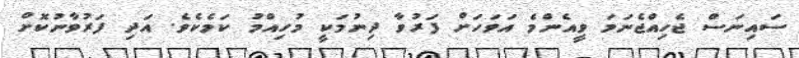
ސައިނަސް ޖެހިއްޖެނަމަ ވީއެންމެ އަވަހަށް ފަރުވާ ދިނުމަކީ މުހިއްމު ކަމެކެވެ. އަދި ފަރުވާނުކޮށް